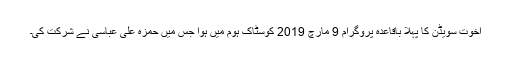
اخوت سویڈن کا پہلا باقاعدہ پروگرام 9 مارچ 2019 کوسٹاک ہوم میں ہوا جس میں حمزہ علی عباسی نے شرکت کی۔